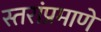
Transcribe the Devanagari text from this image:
स्तरांप्रमाणे